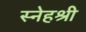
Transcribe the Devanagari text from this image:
स्नेहश्री